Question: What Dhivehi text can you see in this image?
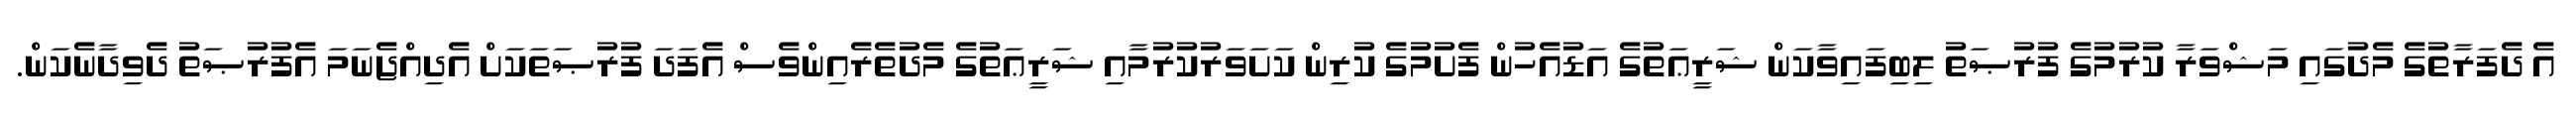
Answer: އެ ދެފަރާތުގެ މެދުގައި މަޝްވަރާ ކުރުމުގެ ފުރުޞަތު ލިބިފައިވާކަން ޝަރީޢަތުގެ އަޑުއެހުން ފެށުމުގެ ކުރިން ކަށަވަރުކުރުމާއި ޝަރީޢަތުގެ މެދުތެރެއިންވެސް އެފަދަ ފުރުޞަތަކަށް އެދިއްޖެނަމަ އެފުރުޞަތު ދެވިދާނެކަން.